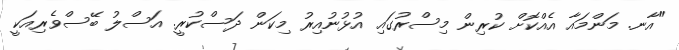
"އާނ. މަންމައާ އެއްކޮށް ކުރިން މިސްރުގައި އުޅުނުއިރު މިކަން ދަސްކުރީ. އަސްލު ބޭސްވެރިއަކީ